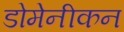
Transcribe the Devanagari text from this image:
डोमेनीकन